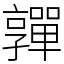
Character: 嚲